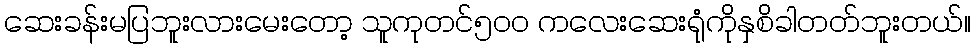
ဆေးခန်းမပြဘူးလားမေးတော့ သူကုတင်၅၀၀ ကလေးဆေးရုံကိုနှစိခါတတ်ဘူးတယ်။